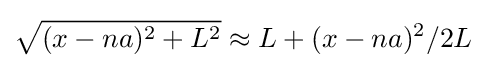
{\sqrt {(x-na)^{2}+L^{2}}}\approx L+(x-na)^{2}/2L